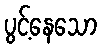
ပွင့်နေသော